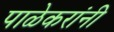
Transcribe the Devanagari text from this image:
पाळेकरांनी